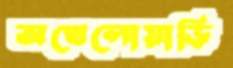
অখেলোয়াড়ি